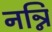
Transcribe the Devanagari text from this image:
नन्नि